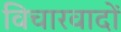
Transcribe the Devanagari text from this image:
विचारवादों